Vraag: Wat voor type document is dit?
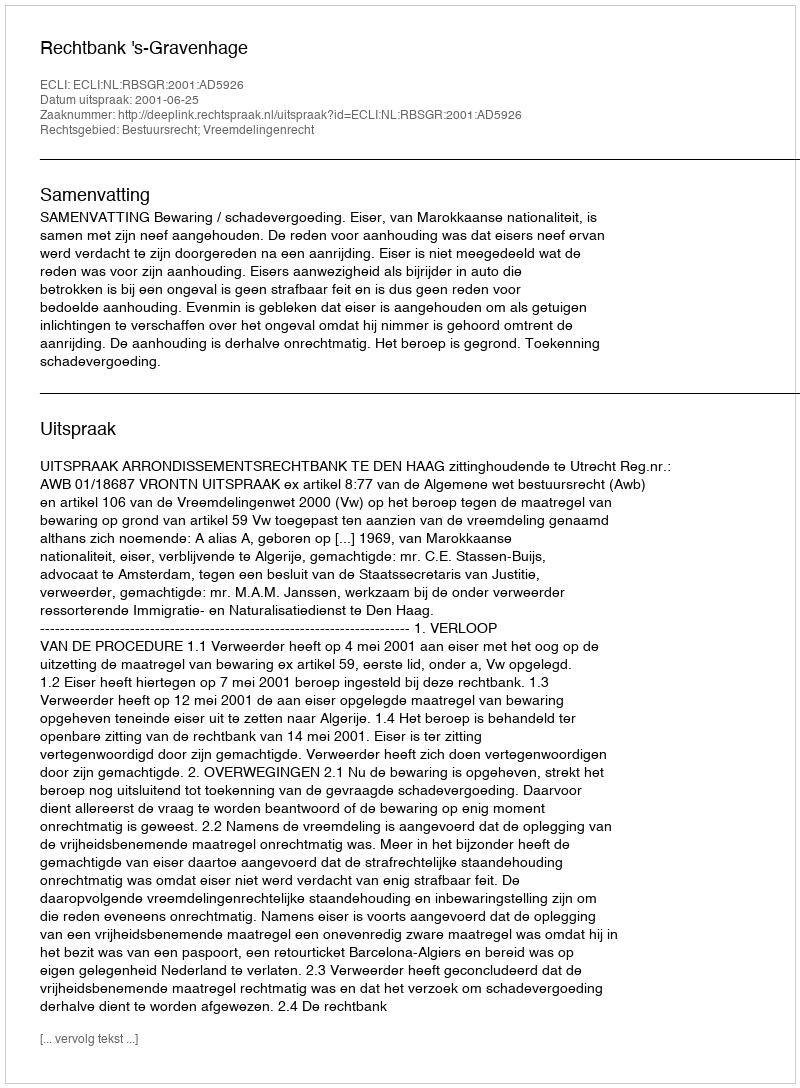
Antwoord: Uitspraak